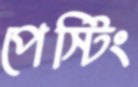
পেস্টিং